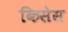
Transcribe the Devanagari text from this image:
किसेस